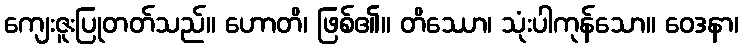
ကျေးဇူးပြုတတ်သည်။ ဟောတိ၊ ဖြစ်၏။ တိဿော၊ သုံးပါကုန်သော။ ဝေဒနာ၊